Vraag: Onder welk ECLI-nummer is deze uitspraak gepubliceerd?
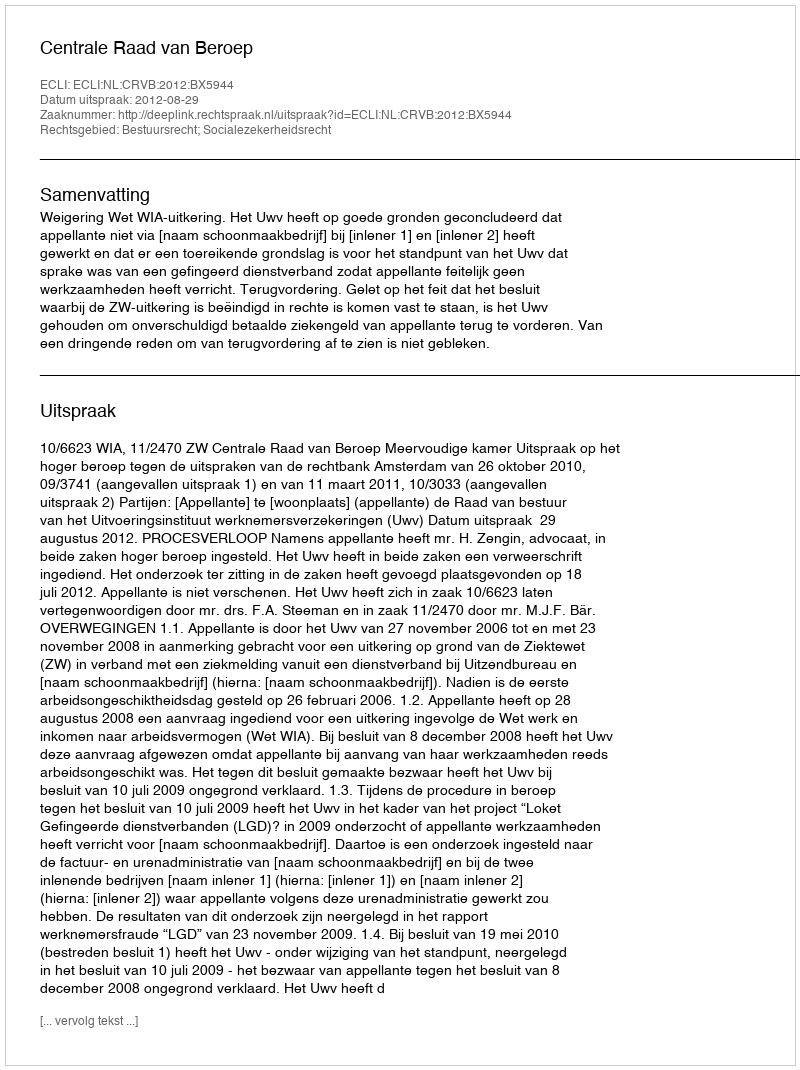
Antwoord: ECLI:NL:CRVB:2012:BX5944